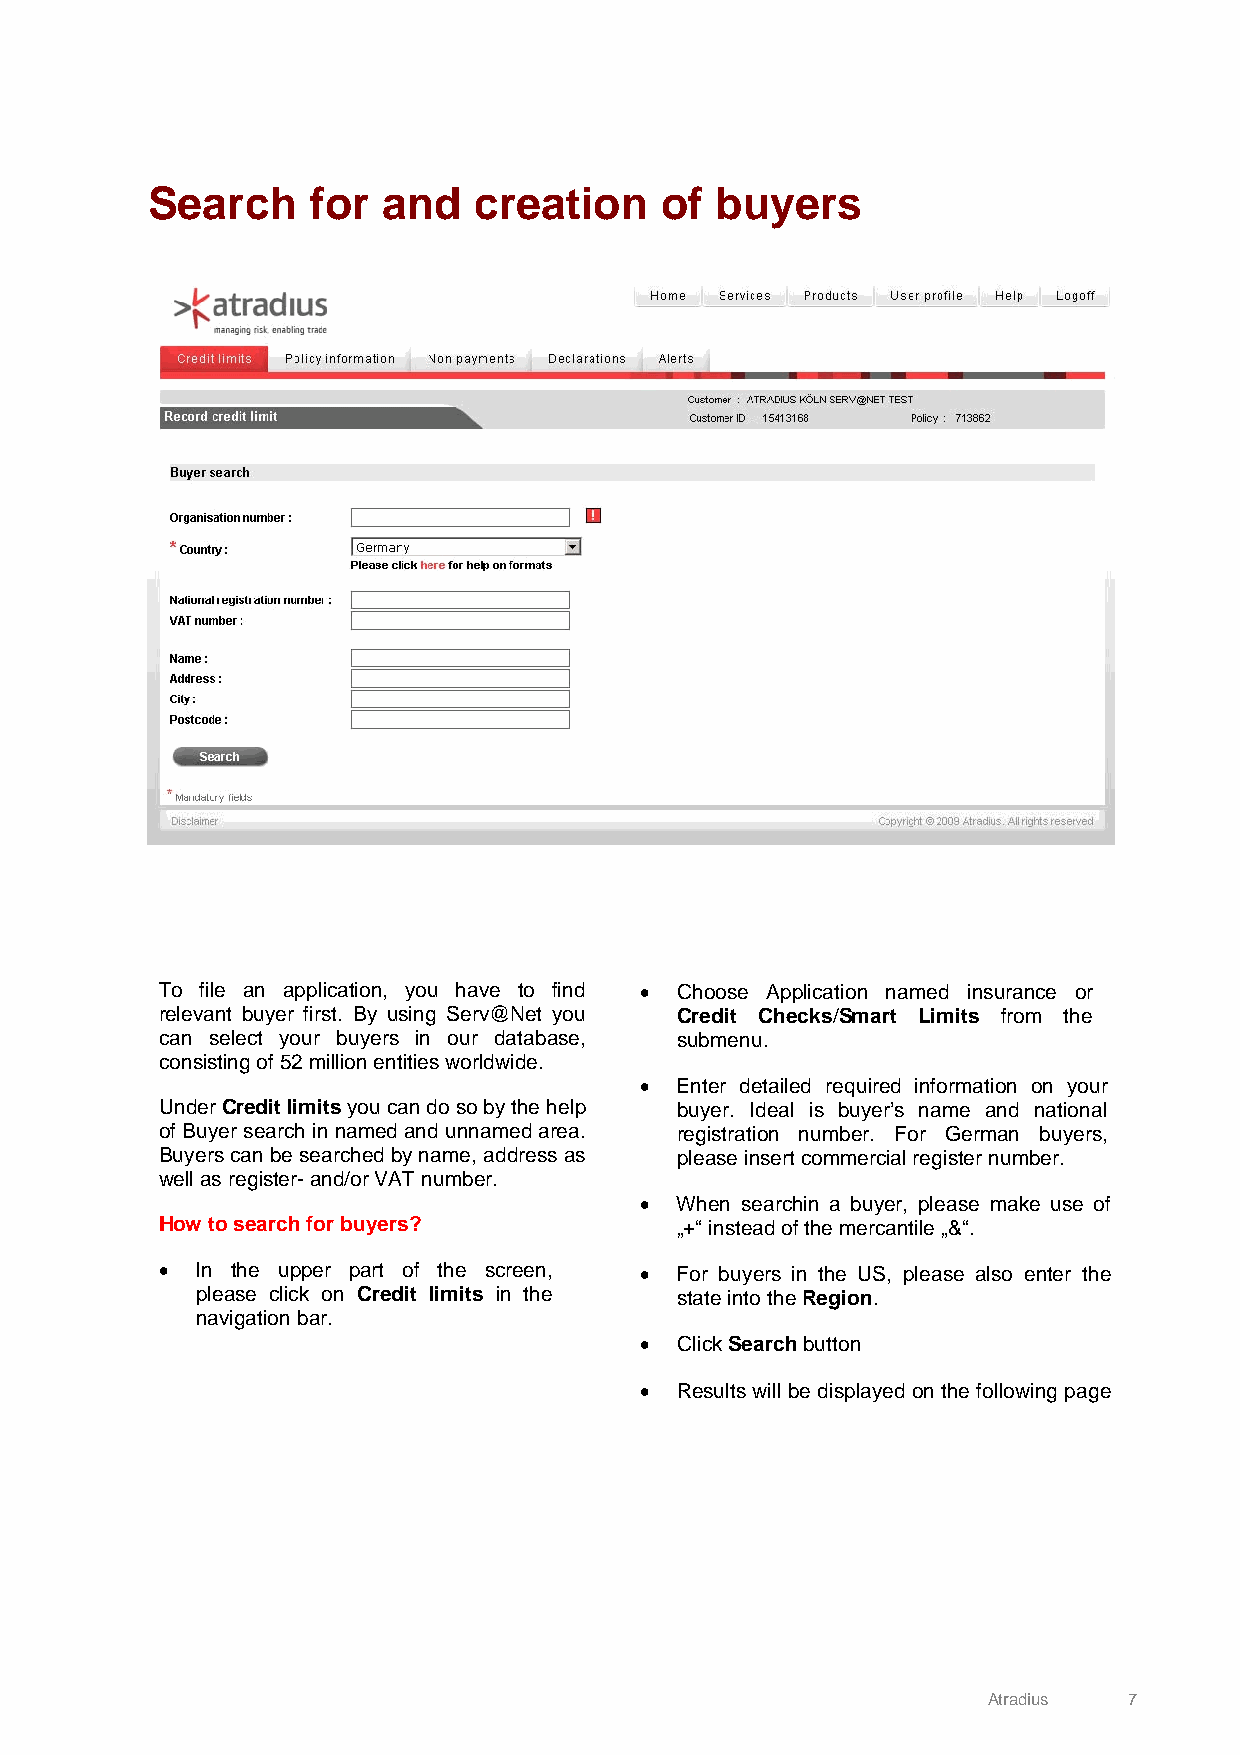
Search    for  and   creation     of buyers
 To file an application, you have to find • Choose Application named insurance or
 relevant buyer first. By using Serv@Net you Credit Checks/Smart Limits from the
 can select your buyers in our database, submenu.
 consisting of 52 million entities worldwide.
 •  Enter detailed required information on your
 Under Credit limits you can do so by the help buyer. Ideal is buyer’s name and national
 of Buyer search in named and unnamed area. registration number. For German buyers,
 Buyers can be searched by name, address as please insert commercial register number.
 well as register- and/or VAT number.
 •  When searchin a buyer, please make use of
 How to search for buyers?         „+“ instead of the mercantile „&“.
 • In the upper part of the screen, • For buyers in the US, please also enter the
 please click on Credit limits in the state into the Region.
 navigation bar.
 •  Click Search button
 •  Results will be displayed on the following page
 Atradius  7